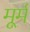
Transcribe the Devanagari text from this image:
मूर्म